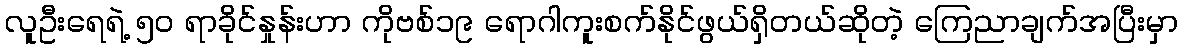
လူဦးရေရဲ့ ၅၀ ရာခိုင်နှုန်းဟာ ကိုဗစ်၁၉ ရောဂါကူးစက်နိုင်ဖွယ်ရှိတယ်ဆိုတဲ့ ကြေညာချက်အပြီးမှာ